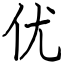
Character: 优